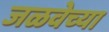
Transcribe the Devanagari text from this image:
जळवेच्या